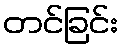
တင်ခြင်း